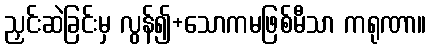
ညှင်းဆဲခြင်းမှ လွန်၍+သောကမဖြစ်မီသာ ကရုဏာ။